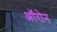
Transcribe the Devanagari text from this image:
ऑरोन